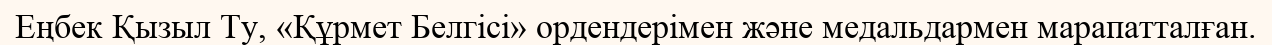
Еңбек Қызыл Ту, «Құрмет Белгісі» ордендерімен және медальдармен марапатталған.